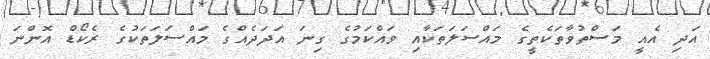
އަދި އެއީ މަސްތުވާތަކެތީގެ މައްސަލަތަކާއި ވައްކަމުގެ ގިނަ އަދަދެއްގެ މައްސަލަތަކުގެ ރެކޯޑް އޮންނަ